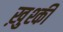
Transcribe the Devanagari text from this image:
ख़ुश्की